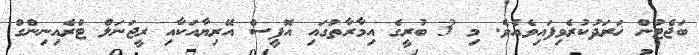
ބަޖެޓުން ޚަރަދުކުރެވިފައިވެއެވެ. މި 3 ބުރީގެ އިމާރާތުގައި އޮފީސް އޭރިޔާއަކާއި ރީޖަނަލް ޓްރެއިނިންގް